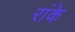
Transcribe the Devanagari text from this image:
रांके